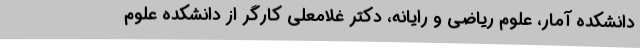
دانشکده آمار، علوم ریاضی و رایانه، دکتر غلامعلی کارگر از دانشکده علوم